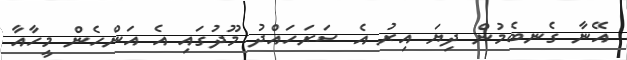
އޭނާ ގެނބެމުން ދިޔަ އިރު އެ ސަރަހައްދު މޫދުގައި އެ އަންހެން މީހާއާ